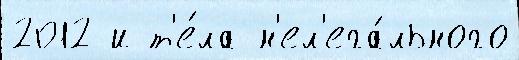
2012 и т'е́ла н'ел'ега́льного